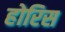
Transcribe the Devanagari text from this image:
होरिस